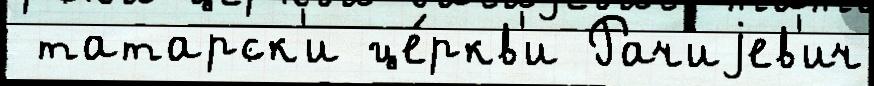
 татарск'и це́ркв'и Рачиjев'ич